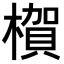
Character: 𪳺